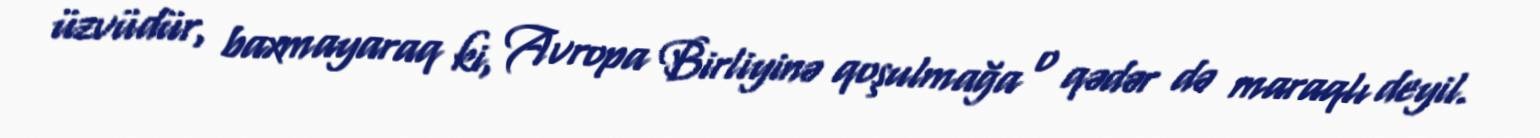
üzvüdür, baxmayaraq ki, Avropa Birliyinə qoşulmağa o qədər də maraqlı deyil.